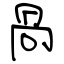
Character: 咼